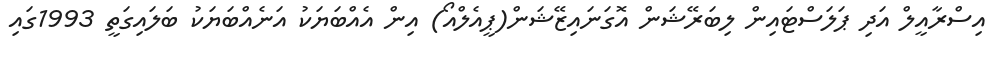
އިސްރާއީލް އަދި ޕަލަސްޓައިން ލިބަރޭޝަން އޮގަނައިޒޭޝަން(ޕީއެލްއޯ) އިން އެއްބަޔަކު އަނެއްބަޔަކު ބަލައިގަތީ 1993ގައި